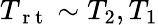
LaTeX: T_{\mathrm{~r~t~}}\sim T_{2},T_{1}